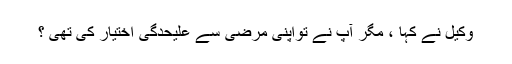
وکیل نے کہا ، مگر آپ نے تواپنی مرضی سے علیحدگی اختیار کی تھی ؟